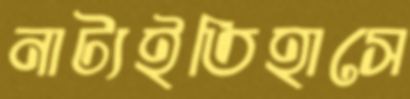
নাট্যইতিহাসে